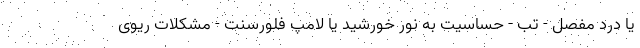
یا درد مفصل - تب - حساسیت به نور خورشید یا لامپ فلورسنت - مشکلات ریوی